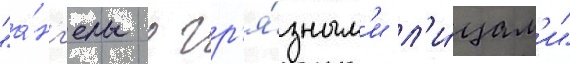
"а́нг'елы с гр'я́зным'и л'и́цам'и"